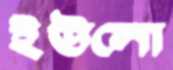
ইউলো